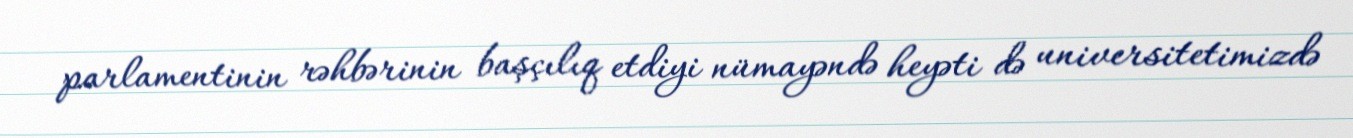
parlamentinin rəhbərinin başçılıq etdiyi nümayəndə heyəti də universitetimizdə